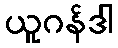
ယူဂန်ဒါ